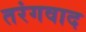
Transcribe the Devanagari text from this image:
तरंगवाद